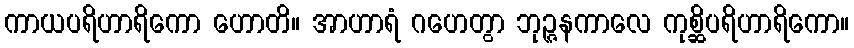
ကာယပရိဟာရိကော ဟောတိ။ အာဟာရံ ဂဟေတွာ ဘုဉ္ဇနကာလေ ကုစ္ဆိပရိဟာရိကော။